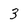
Character: 3